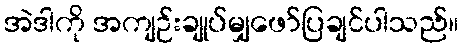
အဲဒါကို အကျဉ်းချုပ်မျှဖော်ပြချင်ပါသည်။